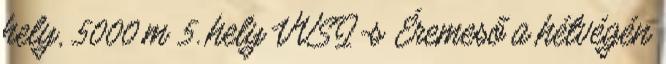
hely, 5000 m 5. hely VVSI-s Éremeső a hétvégén